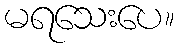
မရသေးပေ။